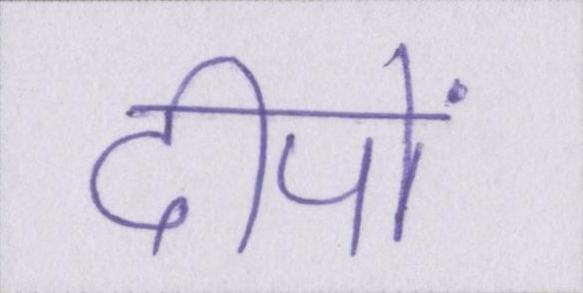
दीपों